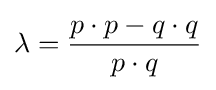
\lambda ={\frac {p\cdot p-q\cdot q}{p\cdot q}}